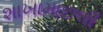
શાખામાછલી